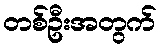
တစ်ဦးအတွက်